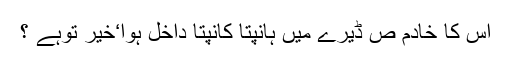
اس کا خادم ص ڈیرے میں ہانپتا کانپتا داخل ہوا‘خیر توہے ؟